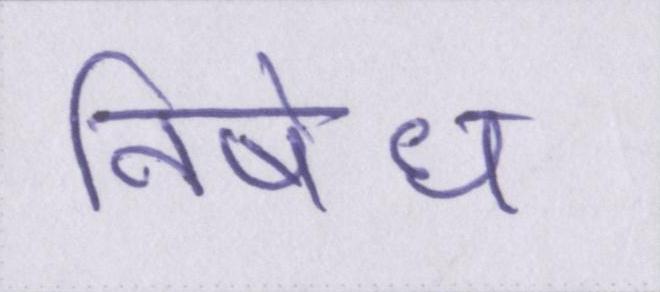
निषेध